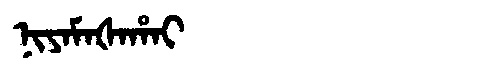
Manchu: ᠨᡳᠶᠠᠮᠠᡧᠠᡥᠠᡳ
Romanization: NIYAMAŠAHAI